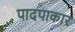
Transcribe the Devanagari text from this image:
पादपाकार